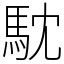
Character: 馾